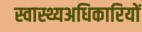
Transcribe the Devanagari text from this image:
स्वास्थ्यअधिकारियों